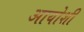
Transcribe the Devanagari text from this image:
आयोशी